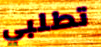
تطلبي